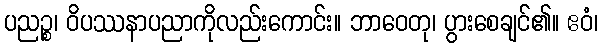
ပညဉ္စ၊ ဝိပဿနာပညာကိုလည်းကောင်း။ ဘာဝေတု၊ ပွားစေချင်၏။ ဧဝံ၊